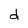
Character: d